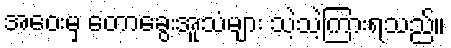
အဝေးမှ တောခွေးအူသံများ သဲ့သဲ့ကြားရသည်။